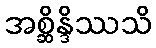
အစ္ဆိန္ဒိဿသိ